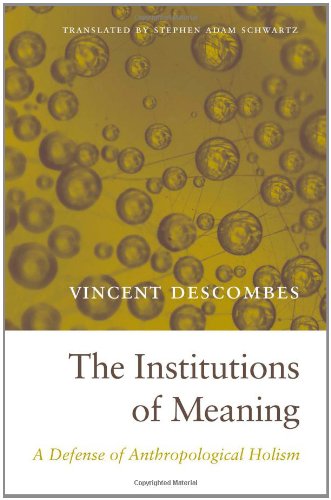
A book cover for The Institutions of Meaning: A Defense of Anthropological Holism; Vincent Descombes; Politics & Social Sciences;